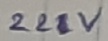
Text: 22V